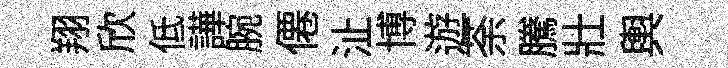
翔欣低譁腕僊沚博遊荼騰壯輿